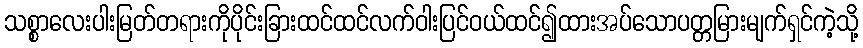
သစ္စာလေးပါးမြတ်တရားကိုပိုင်းခြားထင်ထင်လက်ဝါးပြင်ဝယ်ထင်၍ထားအပ်သောပတ္တမြားမျက်ရှင်ကဲ့သို့